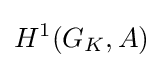
H^{1}(G_{K},A)